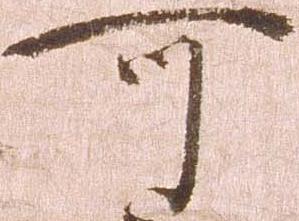
可